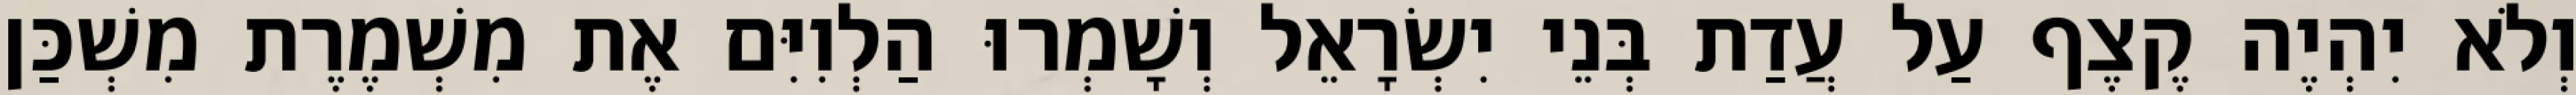
וְלֹא יִהְיֶה קֶצֶף עַל עֲדַת בְּנֵי יִשְׂרָאֵל וְשָׁמְרוּ הַלְוִיִּם אֶת מִשְׁמֶרֶת מִשְׁכַּן